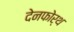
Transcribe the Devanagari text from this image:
देनफोर्थ